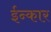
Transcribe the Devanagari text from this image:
ईन्कार